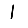
Digit: 1